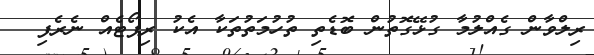
ރިލްވާން ގެއްލުމާ ގުޅޭގޮތުން ބޮޑެތި ތުހުމަތުތަކާ އެކު ރިޕޯޓެއް ނެރެފި